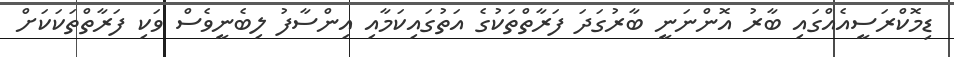
ޑިމޮކްރަސީއެއްގައި ބާރު އޮންނަނީ ބާރުގަދަ ފަރާތްތަކުގެ އަތުގައިކަމާއި އިންސާފު ލިބެނީވެސް ވަކި ފަރާތްތަކަކަށް